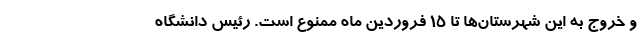
و خروج به این شهرستان‌ها تا ۱۵ فروردین ماه ممنوع است. رئیس دانشگاه